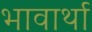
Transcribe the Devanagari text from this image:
भावार्था